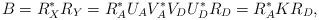
LaTeX: \begin{align*}B = R^{\ast}_{X} R_{Y} =R^{\ast}_{A}U_{A}V^{\ast}_{A}V_{D}U^{\ast}_{D}R_{D}=R^{\ast}_{A} K R_{D},\end{align*}